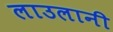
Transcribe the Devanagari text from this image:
लाउलानी